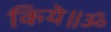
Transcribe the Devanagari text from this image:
किये॥ॐ